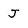
Character: j